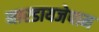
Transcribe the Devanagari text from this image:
नारडायजेपाम